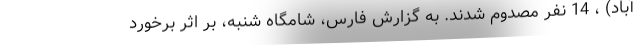
آباد) ، 14 نفر مصدوم شدند. به گزارش فارس، شامگاه شنبه، بر اثر برخورد